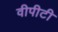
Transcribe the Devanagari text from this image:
वीपीटी